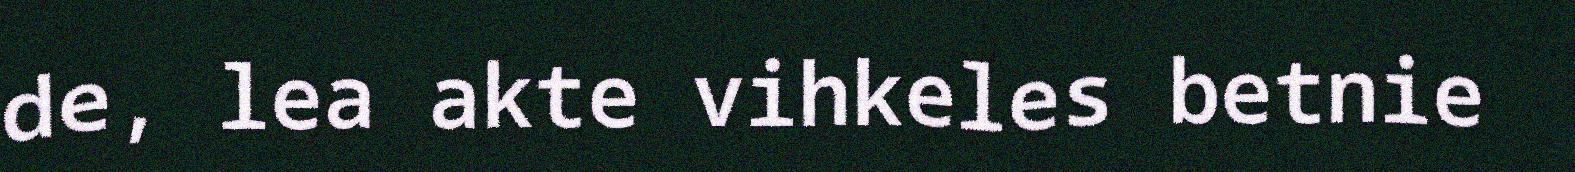
de, lea akte vihkeles betnie